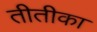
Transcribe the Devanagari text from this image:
तीतीका